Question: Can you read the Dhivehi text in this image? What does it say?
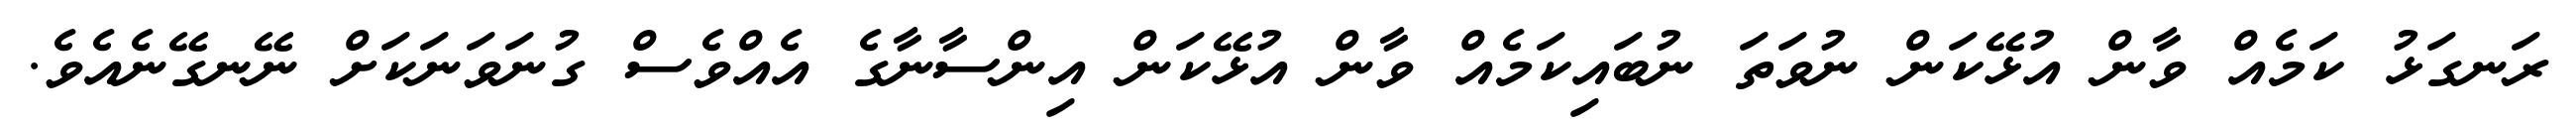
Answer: ރަނގަޅު ކަމެއް ވާން އުޅޭކަން ނުވަތަ ނުބައިކަމެއް ވާން އުޅޭކަން އިންސާނާގެ އެއްވެސް ގުނަވަނަކަށް ނޭނގޭނެއެވެ.